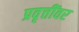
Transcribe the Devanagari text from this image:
प्रवृत्तींवर